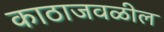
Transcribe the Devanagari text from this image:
काठाजवळील